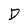
Character: D